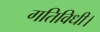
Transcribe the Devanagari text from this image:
गतिविधी।